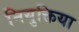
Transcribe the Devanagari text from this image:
नियुक्तिया